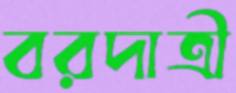
বরদাত্রী